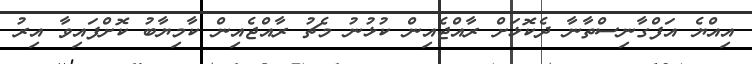
އިއްޔެ އަފްގާނިސްތާނާ ދެކޮޅަށް ރާއްޖެއިން ކުޅުނު މެޗު ރާއްޖެއިން ކާމިޔާބު ކޮށްފައިވާ އިރު